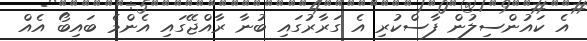
އެ ކައުންސިލުން ފާސްކުރި އެ ގަރާރުގައި ބުނާ ރާއްޖޭގައި އެންމެ ބައިބޯ އެއް